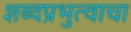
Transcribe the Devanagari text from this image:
शब्दप्रभुत्वाचा